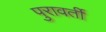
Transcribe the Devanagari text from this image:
पुरावर्ती